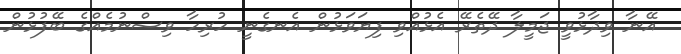
އޭނާ ވިދާޅުވީ ޖަމީލާ ދޭތެރޭ އެޅުއްވި ފިޔަވަޅުން އެނގެނީ ހުރިހާ ވިސްނުމެއްގެ ބޭފުޅުން